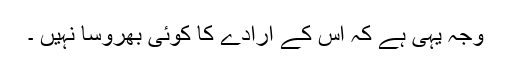
وجہ یہی ہے کہ اس کے ارادے کا کوئی بھروسا نہیں ۔